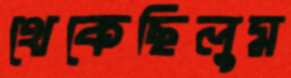
থেকেছিলুম